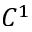
C ^ { 1 }